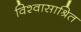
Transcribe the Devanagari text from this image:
विश्वासाश्रित